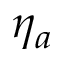
\eta _ { a }